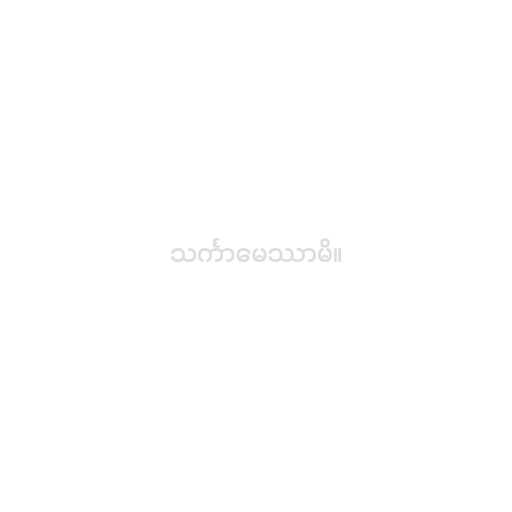
သင်္ကာမေဿာမိ။